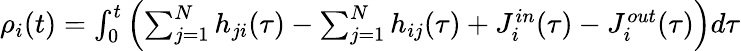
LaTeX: \begin{array}{r}{\rho_{i}(t)=\int_{0}^{t}\left(\sum_{j=1}^{N}h_{ji}(\tau)-\sum_{j=1}^{N}h_{ij}(\tau)+J_{i}^{in}(\tau)-J_{i}^{out}(\tau)\right)d\tau}\end{array}